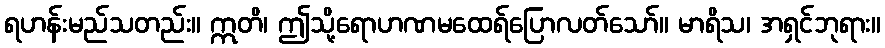
ရဟန်းမည်သတည်း။ ဣတိ၊ ဤသို့ရောဟဏမထေရ်ပြောလတ်သော်။ မာရိသ၊ အရှင်ဘုရား။